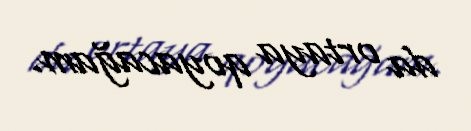
da ortaya qoyacağam.